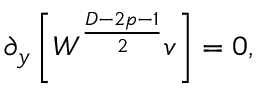
\partial _ { y } \left[ { \cal W } ^ { \frac { D - 2 p - 1 } { 2 } } v \right] = 0 ,